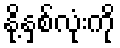
နို့နှစ်လုံးကို